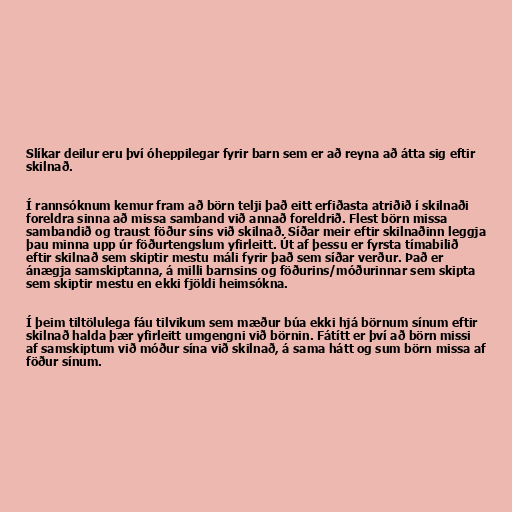
Slíkar deilur eru því óheppilegar fyrir barn sem er að reyna að átta sig eftir
skilnað.

Í rannsóknum kemur fram að börn telji það eitt erfiðasta atriðið í skilnaði
foreldra sinna að missa samband við annað foreldrið. Flest börn missa
sambandið og traust föður síns við skilnað. Síðar meir eftir skilnaðinn leggja
þau minna upp úr föðurtengslum yfirleitt. Út af þessu er fyrsta tímabilið
eftir skilnað sem skiptir mestu máli fyrir það sem síðar verður. Það er
ánægja samskiptanna, á milli barnsins og föðurins/móðurinnar sem skipta
sem skiptir mestu en ekki fjöldi heimsókna.

Í þeim tiltölulega fáu tilvikum sem mæður búa ekki hjá börnum sínum eftir
skilnað halda þær yfirleitt umgengni við börnin. Fátítt er því að börn missi
af samskiptum við móður sína við skilnað, á sama hátt og sum börn missa af
föður sínum.